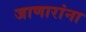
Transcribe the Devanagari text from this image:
जाणारांना